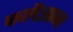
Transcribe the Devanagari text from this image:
कलैज्ञान